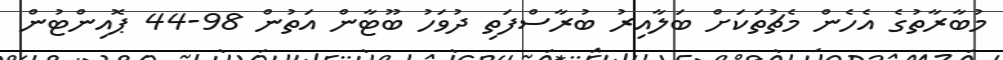
މުބާރާތުގެ އެހެން މެޗުތަކަށް ބަލާއިރު ބުރާސްފަތި ދުވަހު ބޫޓާން އަތުން 98-44 ޕޮއިންޓުން